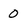
Character: 0